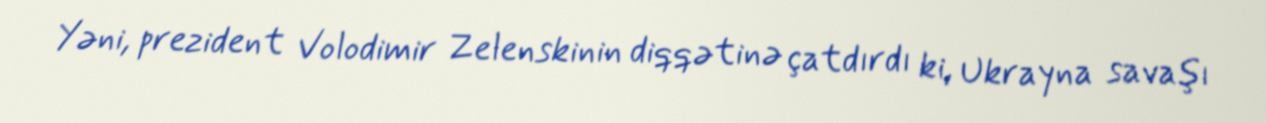
Yəni, prezident Volodimir Zelenskinin diqqətinə çatdırdı ki, Ukrayna savaşı